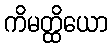
ကိမတ္ထိယော